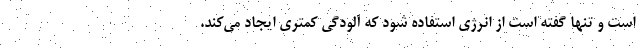
است و تنها گفته است از انرژی استفاده شود که آلودگی کمتری ایجاد می‌کند.